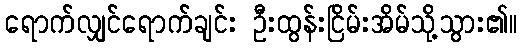
ရောက်လျှင်ရောက်ချင်း ဦးထွန်းငြိမ်းအိမ်သို့သွား၏။